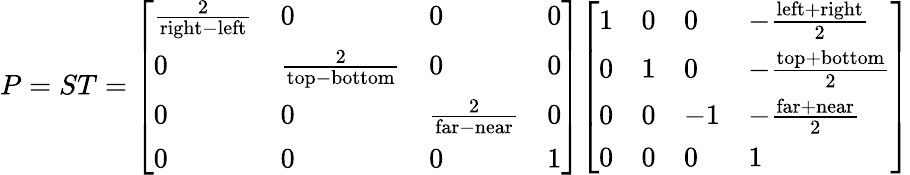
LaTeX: P=ST={\left[\begin{array}{llll}{{\frac{2}{{\mathrm{right}}-{\mathrm{left}}}}}&{0}&{0}&{0}\\ {0}&{{\frac{2}{{\mathrm{top}}-{\mathrm{bottom}}}}}&{0}&{0}\\ {0}&{0}&{{\frac{2}{{\mathrm{far}}-{\mathrm{near}}}}}&{0}\\ {0}&{0}&{0}&{1}\end{array}\right]}{\left[\begin{array}{llll}{1}&{0}&{0}&{-{\frac{{\mathrm{left}}+{\mathrm{right}}}{2}}}\\ {0}&{1}&{0}&{-{\frac{{\mathrm{top}}+{\mathrm{bottom}}}{2}}}\\ {0}&{0}&{-1}&{-{\frac{{\mathrm{far}}+{\mathrm{near}}}{2}}}\\ {0}&{0}&{0}&{1}\end{array}\right]}